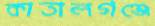
কাতালগঞ্জে